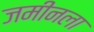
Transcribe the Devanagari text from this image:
जमीनला